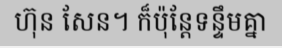
ហ៊ុន សែន។ ក៏ប៉ុន្តែទន្ទឹមគ្នា